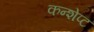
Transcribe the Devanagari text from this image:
कन्शेप्ट